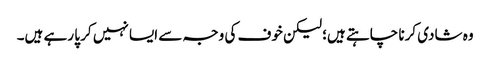
وہ شادی کرنا چاہتے ہیں؛ لیکن خوف کی وجہ سے ایسا نہیں کر پا رہے ہیں۔